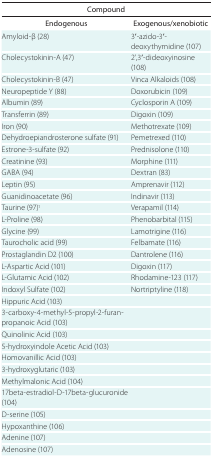
<table><thead><tr><td colspan="2"><b>Compound</b></td></tr><tr><td><b>Endogenous</b></td><td><b>Exogenous/xenobiotic</b></td></tr></thead><tbody><tr><td>Amyloid-β (28)</td><td>3′-azido-3′-deoxythymidine (107)</td></tr><tr><td>Cholecystokinin-A (47)</td><td>2&#x27;,3′-dideoxyinosine (108)</td></tr><tr><td>Cholecystokinin-B (47)</td><td>Vinca Alkaloids (108)</td></tr><tr><td>Neuropeptide Y (88)</td><td>Doxorubicin (109)</td></tr><tr><td>Albumin (89)</td><td>Cyclosporin A (109)</td></tr><tr><td>Transferrin (89)</td><td>Digoxin (109)</td></tr><tr><td>Iron (90)</td><td>Methotrexate (109)</td></tr><tr><td>Dehydroepiandrosterone sulfate (91)</td><td>Pemetrexed (110)</td></tr><tr><td>Estrone-3-sulfate (92)</td><td>Prednisolone (110)</td></tr><tr><td>Creatinine (93)</td><td>Morphine (111)</td></tr><tr><td>GABA (94)</td><td>Dextran (83)</td></tr><tr><td>Leptin (95)</td><td>Amprenavir (112)</td></tr><tr><td>Guanidinoacetate (96)</td><td>Indinavir (113)</td></tr><tr><td>Taurine (97)<sup>1</sup></td><td>Verapamil (114)</td></tr><tr><td>L-Proline (98)</td><td>Phenobarbital (115)</td></tr><tr><td>Glycine (99)</td><td>Lamotrigine (116)</td></tr><tr><td>Taurocholic acid (99)</td><td>Felbamate (116)</td></tr><tr><td>Prostaglandin D2 (100)</td><td>Dantrolene (116)</td></tr><tr><td>L-Aspartic Acid (101)</td><td>Digoxin (117)</td></tr><tr><td>L-Glutamic Acid (102)</td><td>Rhodamine-123 (117)</td></tr><tr><td>Indoxyl Sulfate (102)</td><td>Nortriptyline (118)</td></tr><tr><td>Hippuric Acid (103)</td><td></td></tr><tr><td>3-carboxy-4-methyl-5-propyl-2-furanpropanoic Acid (103)</td><td></td></tr><tr><td>Quinolinic Acid (103)</td><td></td></tr><tr><td>5-hydroxyindole Acetic Acid (103)</td><td></td></tr><tr><td>Homovanillic Acid (103)</td><td></td></tr><tr><td>3-hydroxyglutaric (103)</td><td></td></tr><tr><td>Methylmalonic Acid (104)</td><td></td></tr><tr><td>17beta-estradiol-D-17beta-glucuronide (104)</td><td></td></tr><tr><td>D-serine (105)</td><td></td></tr><tr><td>Hypoxanthine (106)</td><td></td></tr><tr><td>Adenine (107)</td><td></td></tr><tr><td>Adenosine (107)</td><td></td></tr></tbody></table>